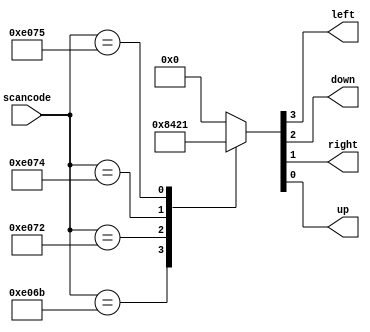
// https://hdlbits.01xz.net/wiki/Always_nolatches

// synthesis verilog_input_version verilog_2001
module top_module (
    input [15:0] scancode,
    output reg left,
    output reg down,
    output reg right,
    output reg up  );

    parameter CODE_LEFT = 16'he06b;
    parameter CODE_DOWN = 16'he072;
    parameter CODE_RIGHT = 16'he074;
    parameter CODE_UP = 16'he075;

    always @(*) begin
        case (scancode)
            CODE_LEFT:  {left,down,right,up} = 4'b1000;
            CODE_DOWN:  {left,down,right,up} = 4'b0100;
            CODE_RIGHT: {left,down,right,up} = 4'b0010;
            CODE_UP:    {left,down,right,up} = 4'b0001;
            default:    {left,down,right,up} = 4'b0000;
        endcase
    end

endmodule